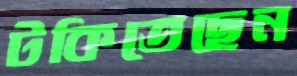
টকিতেছেন